Language: tamil
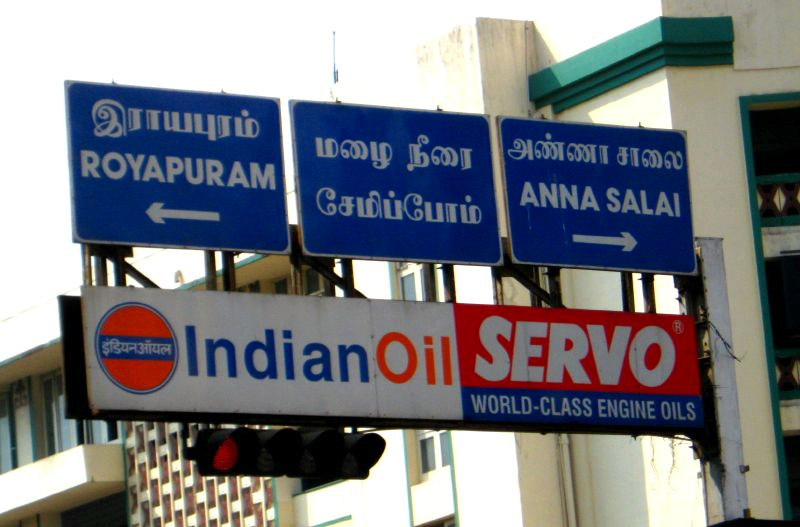
Transcription: மழை நீரை சாலை சேமிப்போம் அண்ணா இரயா புறும்